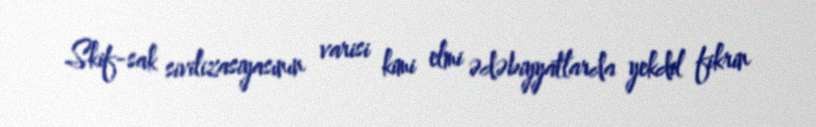
Skif-sak sivilizasiyasının varisi kimi elmi ədəbiyyatlarda yekdil fikrin